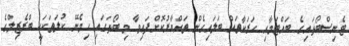
ޓެނިސްބޯޅައިގެ ބައްޓަމާއި ހަރަކާތައް ބަލައިގެން ތައްޔާރުކޮށްފައިވާ މި ބޯޅަގައި ހިމެނޭ ކުލަތަކަކީ ބްރެޒިލްގެ